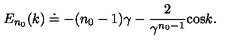
E _ { n _ { 0 } } ( k ) \doteq - ( n _ { 0 } - 1 ) \gamma - { \frac { 2 } { \gamma \sp { n _ { 0 } - 1 } } } \mathrm { c o s } k .